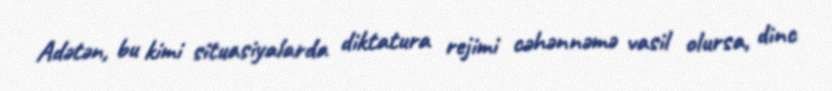
Adətən, bu kimi situasiyalarda diktatura rejimi cəhənnəmə vasil olursa, dinc